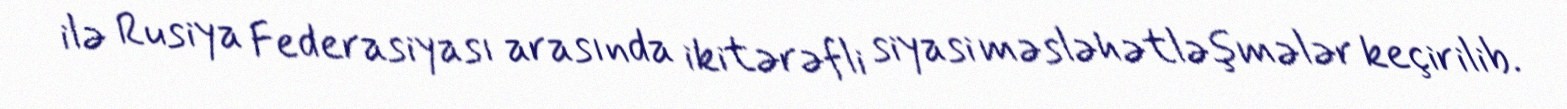
ilə Rusiya Federasiyası arasında ikitərəfli siyasi məsləhətləşmələr keçirilib.